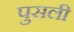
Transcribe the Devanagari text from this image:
पुसली